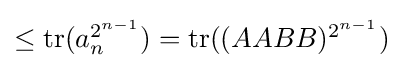
{\textstyle \leq \operatorname {tr} (a_{n}^{2^{n-1}})=\operatorname {tr} ((AABB)^{2^{n-1}})}